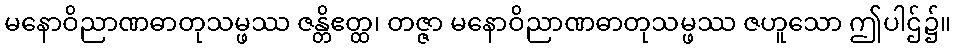
မနောဝိညာဏဓာတုသမ္ဖဿ ဇန္တိဧတ္ထ၊ တဇ္ဇာ မနောဝိညာဏဓာတုသမ္ဖဿ ဇဟူသော ဤပါဌ်၌။